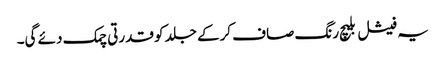
یہ فیشل بلیچ رنگ صاف کرکے جلد کو قدرتی چمک دئے گی۔